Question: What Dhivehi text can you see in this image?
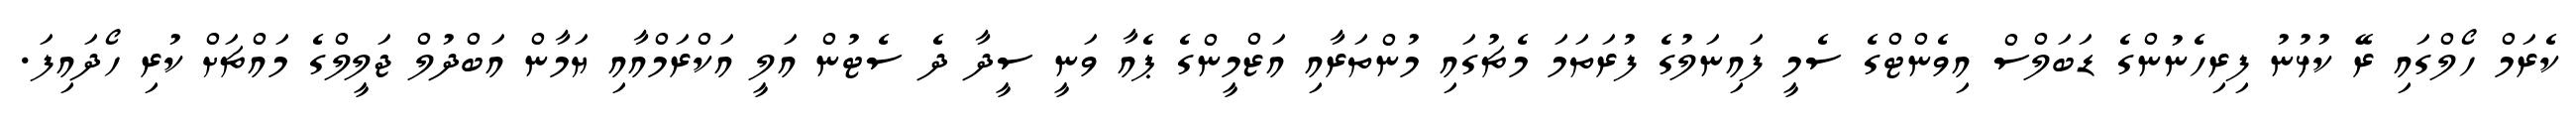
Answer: ކެރަމް ހޯލްގައި ރޭ ކުޅުނު ފިރިހެނުންގެ ޑަބަލްސް އިވެންޓްގެ ސެމީ ފައިނަލުގެ ފުރަތަމަ މެޗުގައި މުންތަރާއި އަޒްމީންގެ ޕެއާ ވަނީ ސީދާ ދެ ސެޓުން އަލީ އަކްރަމްއާއި ޔަމާން އަބްދުލް ޖަލީލްގެ މައްޗަށް ކުރި ހޯދައިފަ.